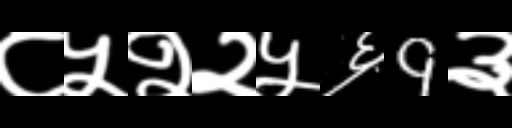
Text: ८५२२५६9३